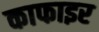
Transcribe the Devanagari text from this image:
काफाइर